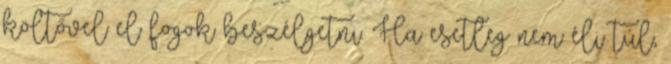
költővel el fogok beszélgetni. Ha esetleg nem éli túl,